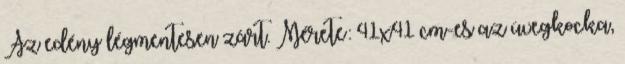
Az edény légmentesen zárt. Mérete: 41x41 cm-es az üvegkocka,